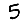
Digit: 5